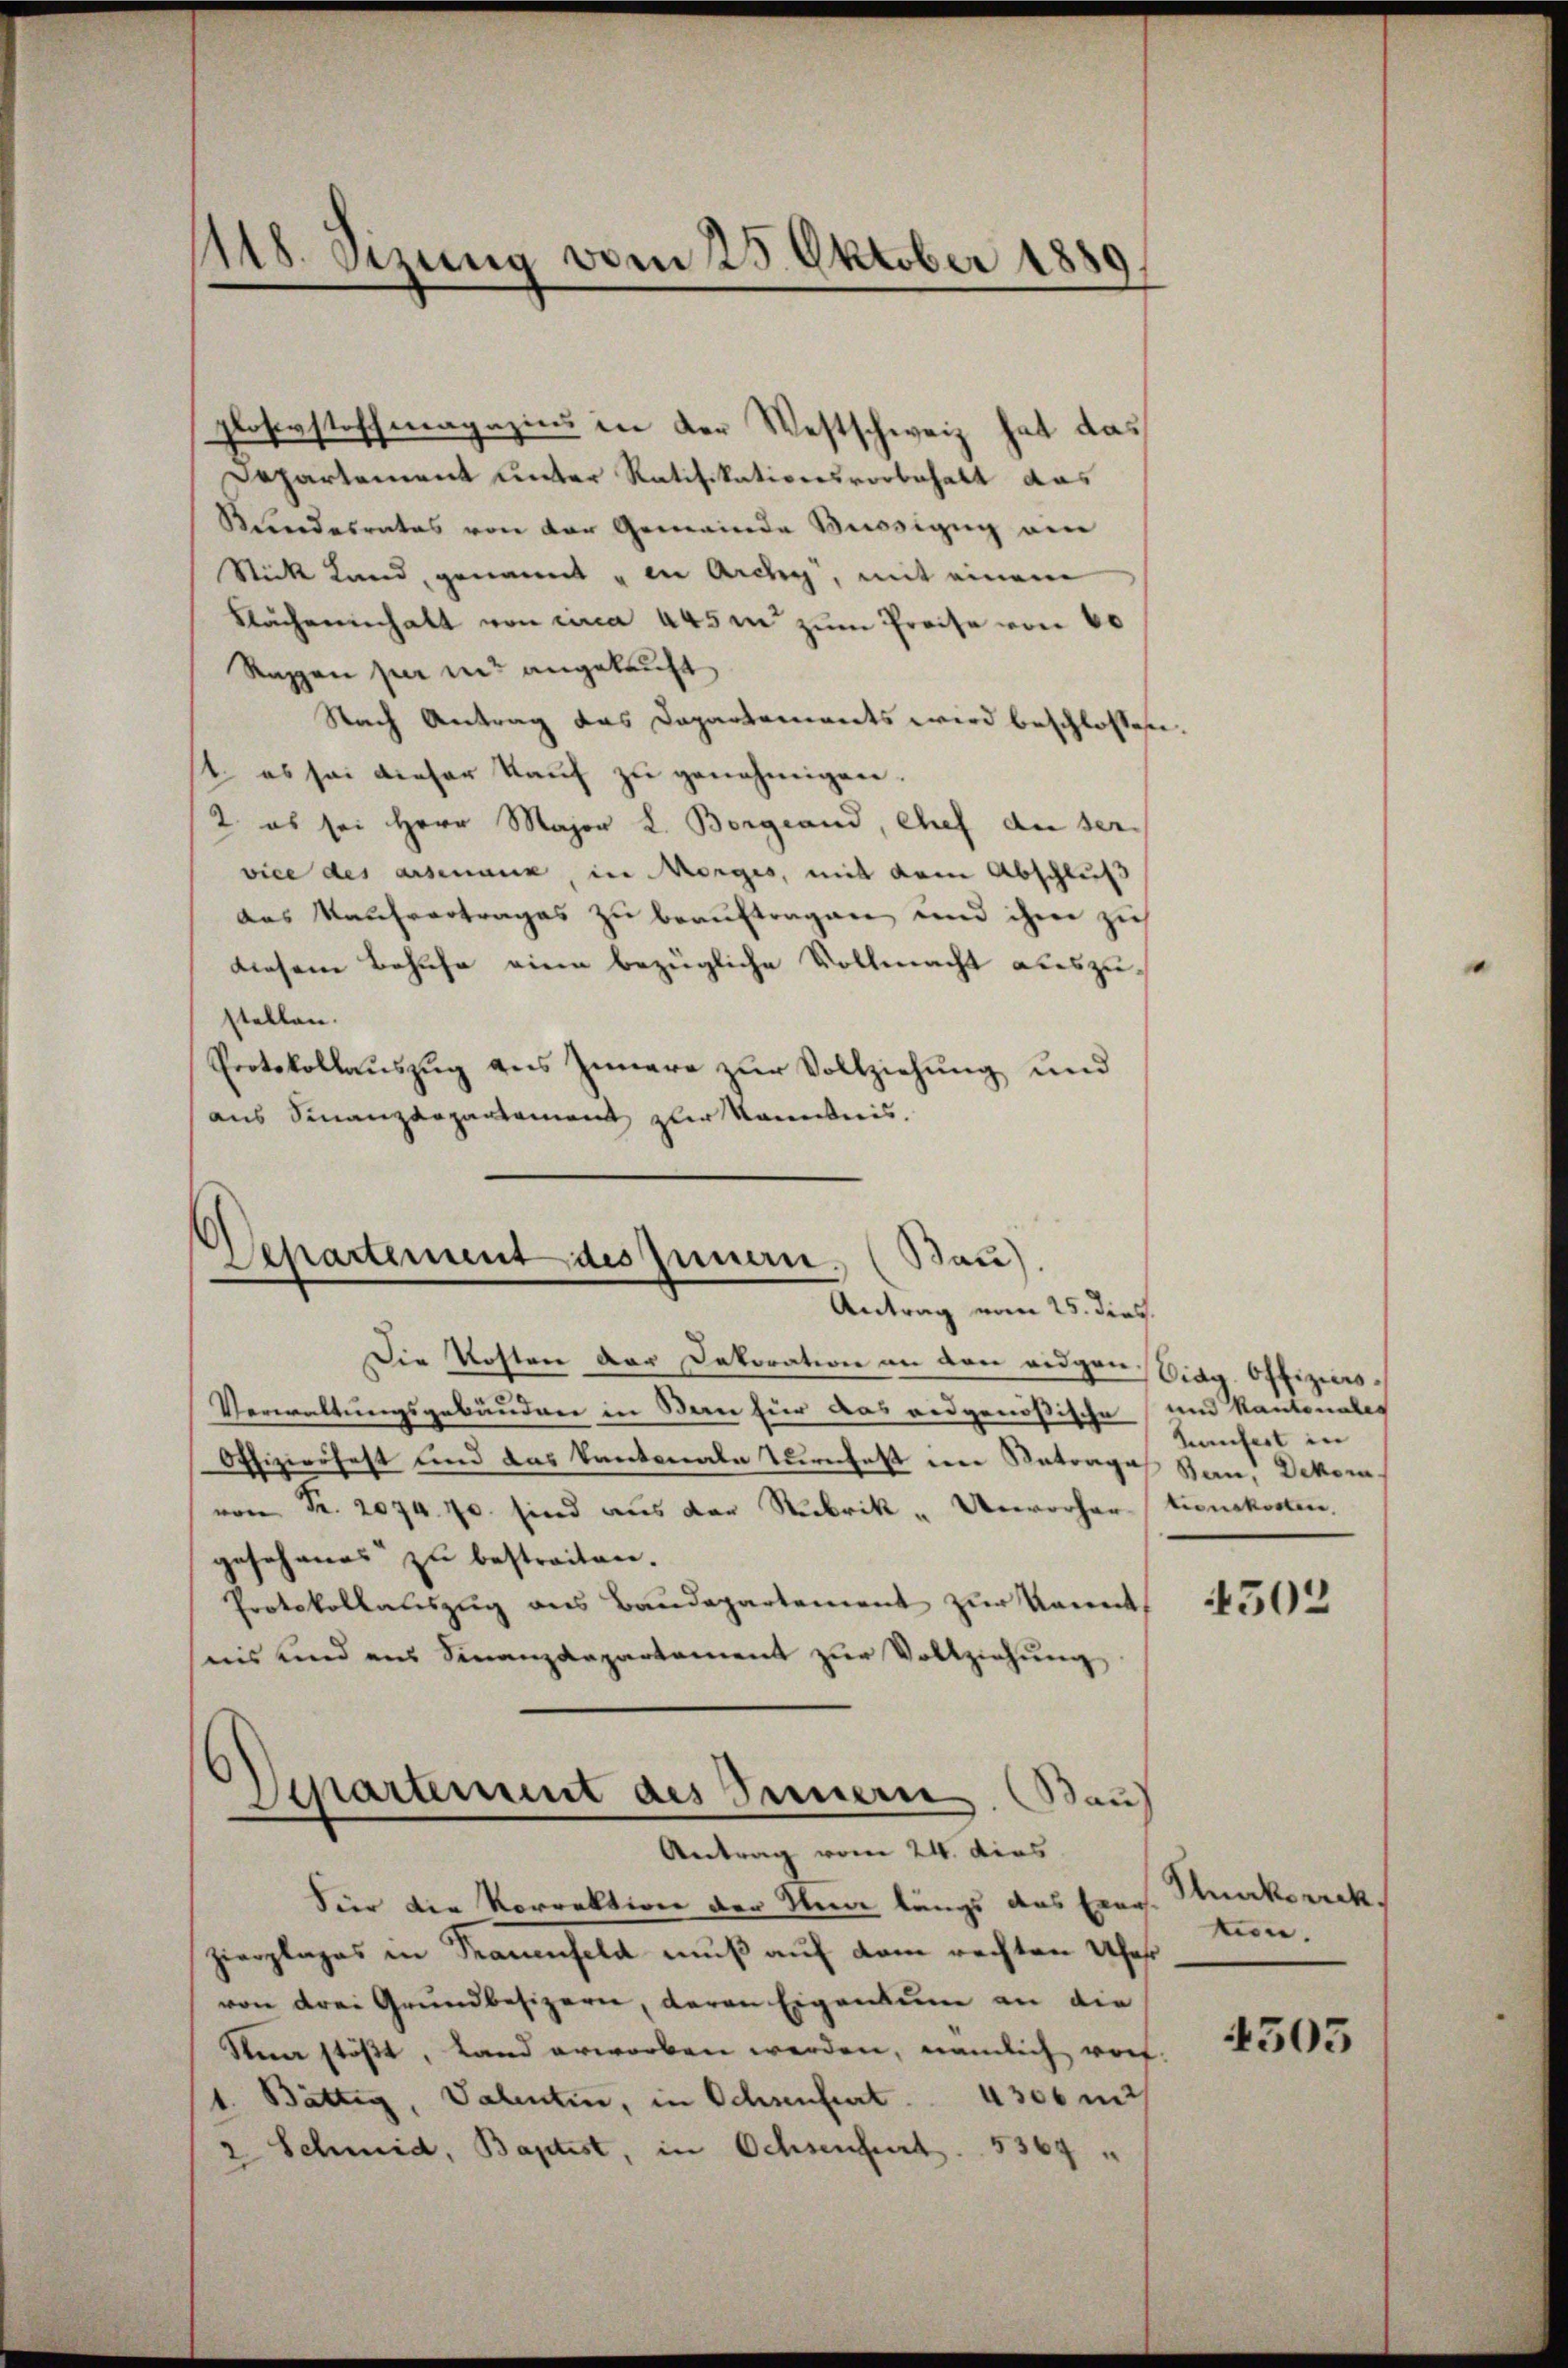
148. Sizung vom 25. Oktober 1889

gloserstoffmagazins in der Westschweiz hat das
Departement unter Ratifikationsvorbehalt das
Kundesrates von der Gemeinde Besizug von
Stick Land, genannt u in Ardy, mit einem
Kacheninhalt von circa 445 in zum Preise von 60
Ragen per in angekauft
Nach Antrag das Departements wird beschlossen
1. es sei dieser kauf zu genehmigen.
2. es sei Herr Major L. Borgeand, Chef der ser
vice des arsenaus, in Morges, mit dem Abschluß
das Kaufvertrages zu beauftragen und ihm zieh
diesem Behufe eine bezügliche Vollmacht auszustellen.
Protokollauszug des Innere zur Vollziehung und
aus Finanzdepartement zur kanntnis.

Departement des Innern. (Bau)
Antrag vom 25. dies.

Die Kosten der Dekoration an den eidgen
Verwaltungsgebäuden in Bern für das andgenößische
Offizierfast und das kantonale Trefast eine Antrages San. Dekor
von Fr. 2074. 70. sind aus der Rubrik „Unvorhergesehenes zu bestreiten.
Protokollauszug aus Baudepartement zur kannt,
nis und aus Finanzdepartement zŭr Vollziehung,
Departement des Innern. Bau
Antrag vom 24. dies
hier die Korrektion der Meine längs das Exer
Zierplages in Trauenfeld muß auf dem rechten Ues
von drei Grundbesizern, deren Eigentum an die
Sna stößt, Land erworben werden, nämlich von
1. Bättig, Valentin, in Ochsenfurt. 4300 mit
2 Schmid, Baptist, in Ochsenfurt. 5364

Diag. Offiziers.
und Kantonales
Konfert in
tionskosten,

4503

Runkorrek
tin.

4503